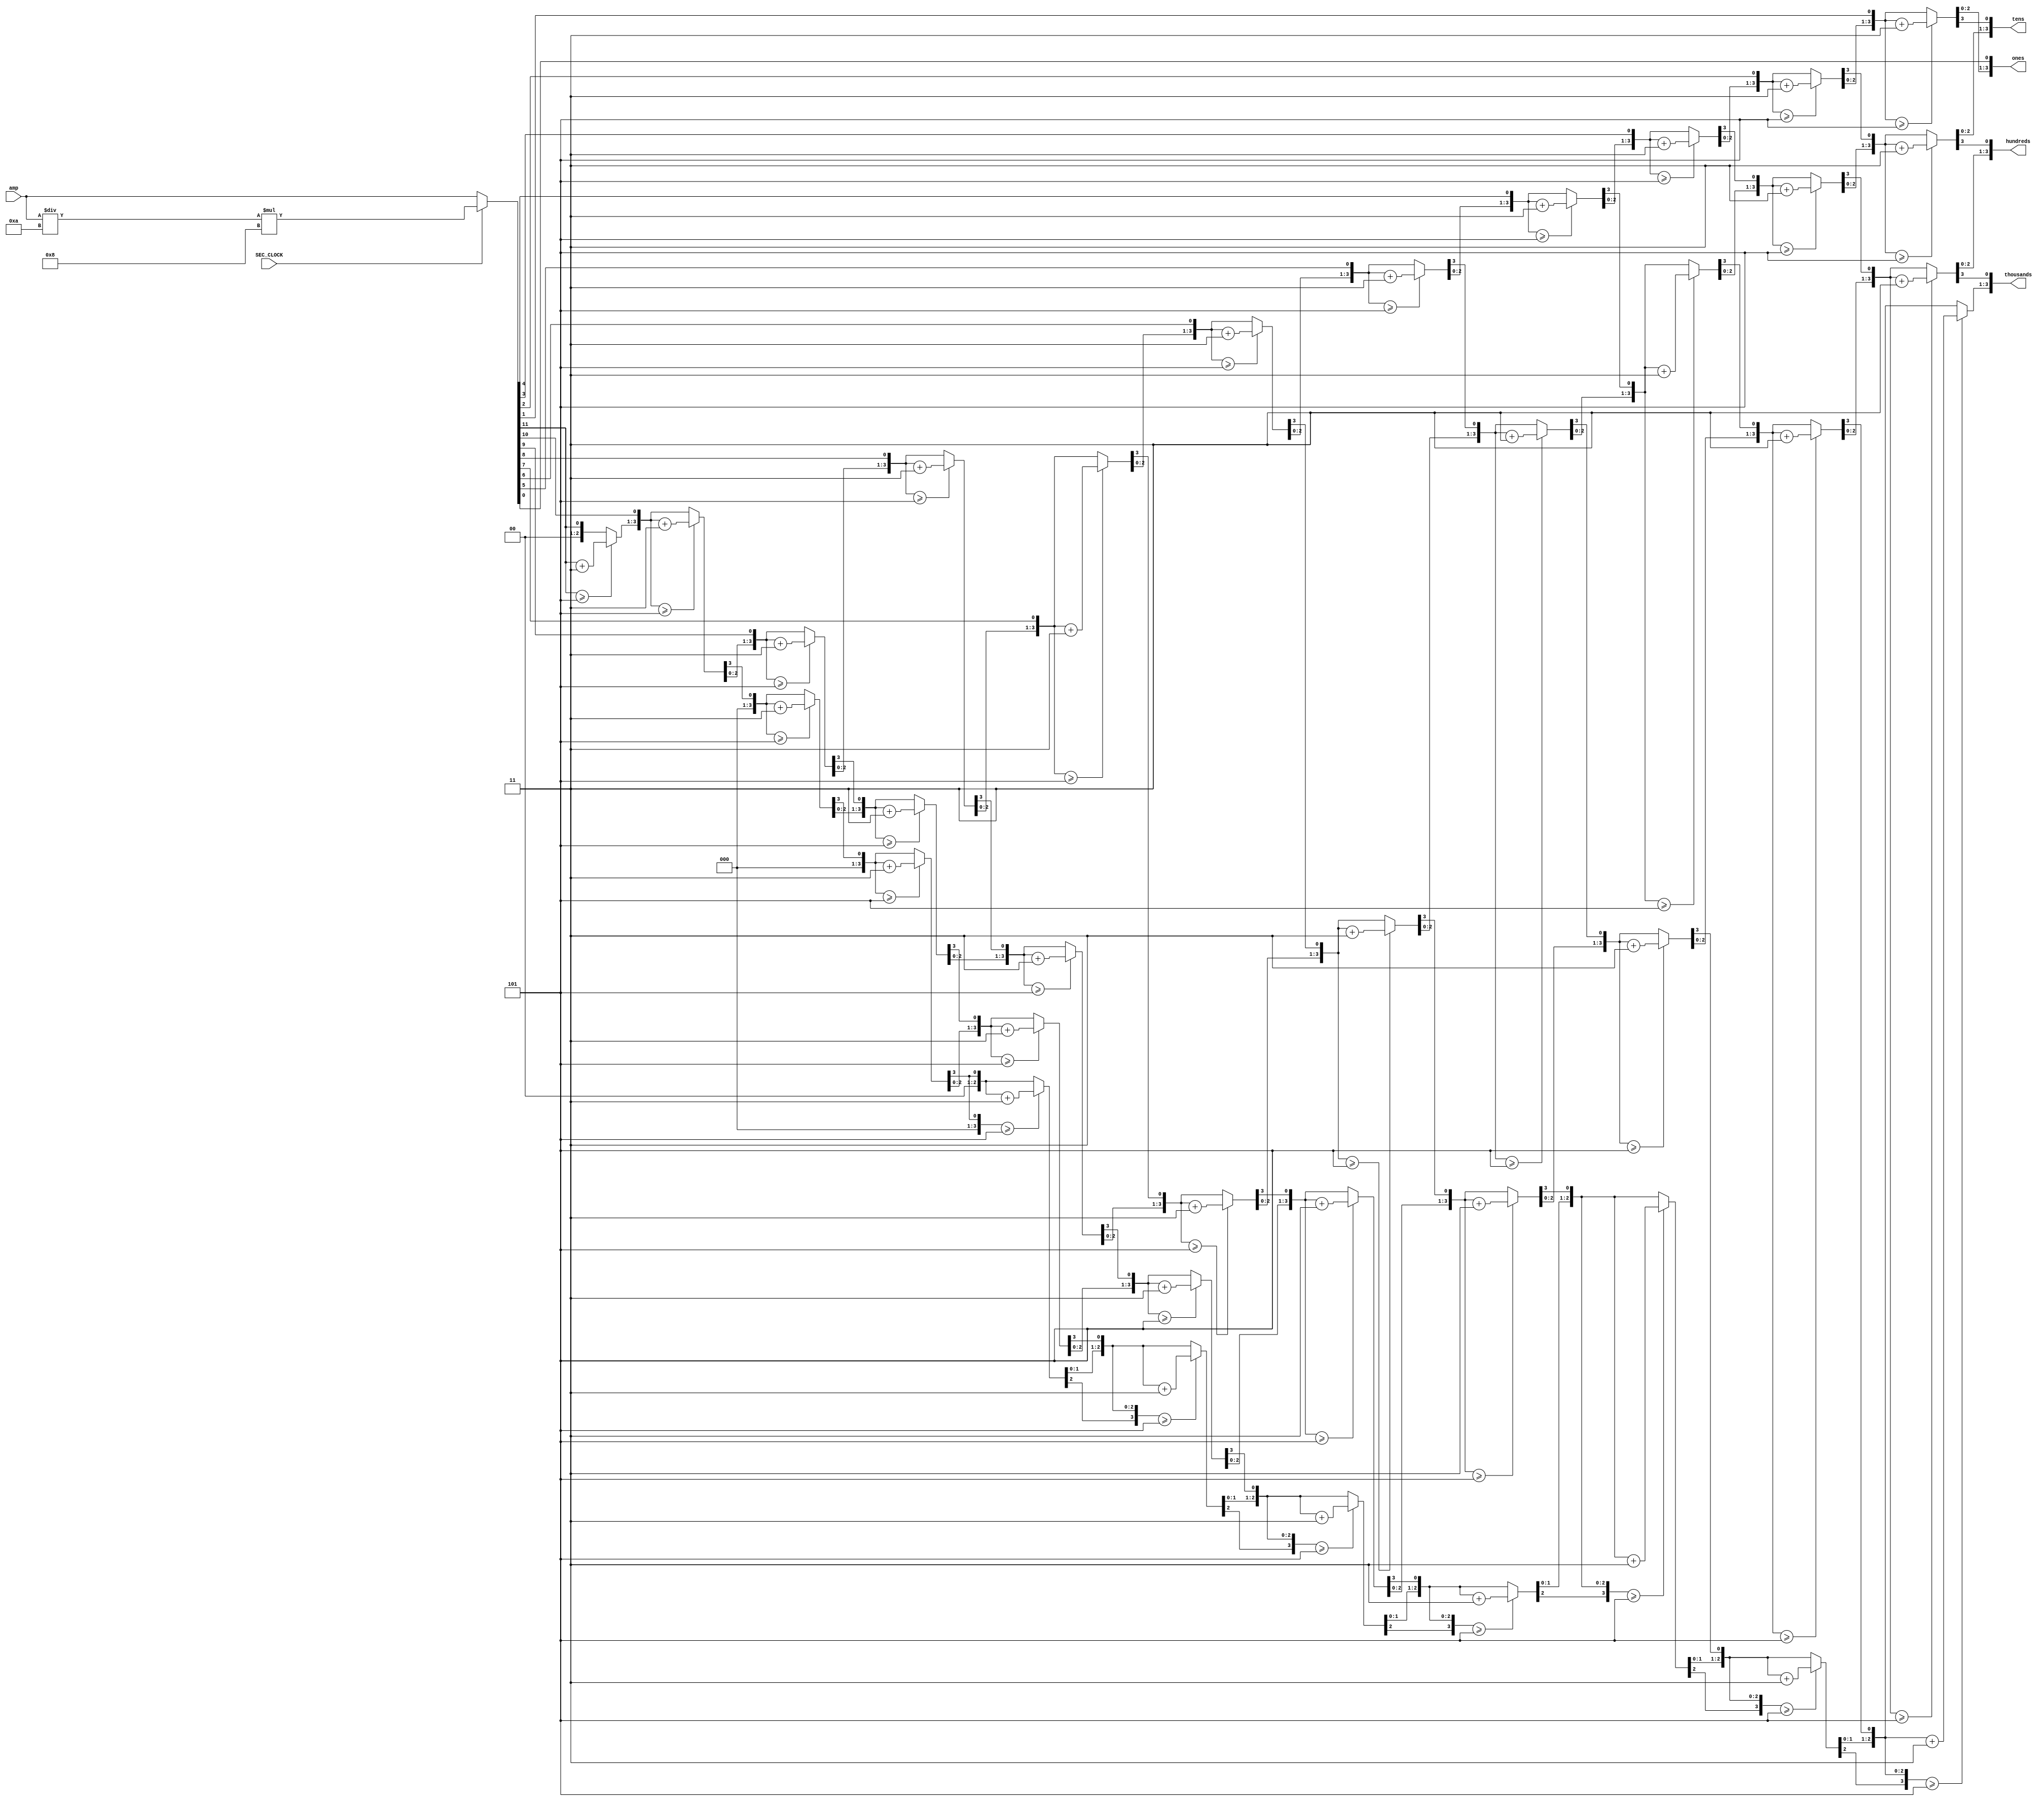
module bin_to_BCD(input [11:0]amp, input SEC_CLOCK, output reg[3:0]ones, tens, hundreds, thousands);
    integer i;
    wire [11:0] amp_temp;
    assign amp_temp = (SEC_CLOCK)? (amp/10*8):amp;
    
    always @ (amp_temp)begin
        thousands = 0;
        hundreds = 0;
        tens = 0;
        ones = 0;
        
        for(i = 11; i >= 0; i = i-1)begin
            if(thousands >= 5) thousands = thousands +3;
            if(hundreds >= 5) hundreds = hundreds +3;
            if(tens >= 5) tens = tens +3;
            if(ones >= 5) ones = ones +3;
            
            thousands = thousands << 1;
            thousands[0] = hundreds[3];
            hundreds = hundreds << 1;
            hundreds[0] = tens[3];
            tens = tens << 1;
            tens[0] = ones[3];
            ones = ones << 1;
            ones[0] = amp_temp[i];
        end
    end
endmodule